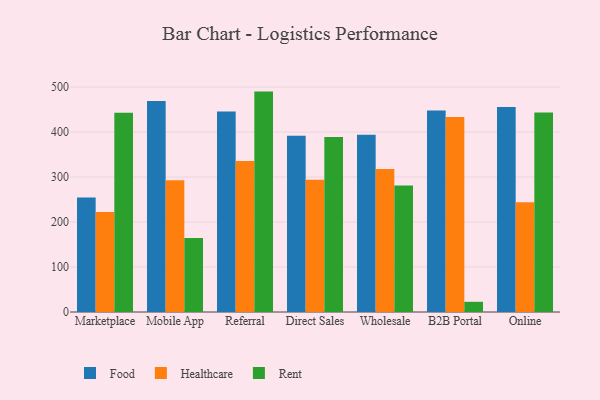
{"axis": {"x": "Channel", "y": "Revenue (USD Million)"}, "legend": ["Food", "Healthcare", "Rent"], "data": [{"x": "Marketplace", "y": 254.4, "type": "Food"}, {"x": "Marketplace", "y": 222.0, "type": "Healthcare"}, {"x": "Marketplace", "y": 442.7, "type": "Rent"}, {"x": "Mobile App", "y": 468.8, "type": "Food"}, {"x": "Mobile App", "y": 292.8, "type": "Healthcare"}, {"x": "Mobile App", "y": 164.6, "type": "Rent"}, {"x": "Referral", "y": 445.4, "type": "Food"}, {"x": "Referral", "y": 335.5, "type": "Healthcare"}, {"x": "Referral", "y": 489.9, "type": "Rent"}, {"x": "Direct Sales", "y": 391.5, "type": "Food"}, {"x": "Direct Sales", "y": 293.8, "type": "Healthcare"}, {"x": "Direct Sales", "y": 389.2, "type": "Rent"}, {"x": "Wholesale", "y": 394.2, "type": "Food"}, {"x": "Wholesale", "y": 317.7, "type": "Healthcare"}, {"x": "Wholesale", "y": 281.4, "type": "Rent"}, {"x": "B2B Portal", "y": 448.1, "type": "Food"}, {"x": "B2B Portal", "y": 433.7, "type": "Healthcare"}, {"x": "B2B Portal", "y": 22.7, "type": "Rent"}, {"x": "Online", "y": 455.7, "type": "Food"}, {"x": "Online", "y": 243.8, "type": "Healthcare"}, {"x": "Online", "y": 443.4, "type": "Rent"}]}